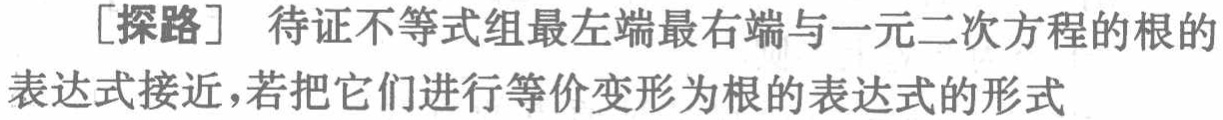
[探路] 待证不等式组最左端最右端与一元二次方程的根的表达式接近，若把它们进行等价变形为根的表达式的形式